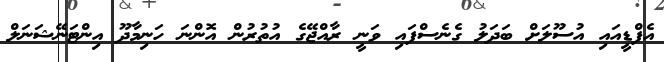
އެފްޑީއައި އުސޫލަށް ބަދަލު ގެނެސްފައި ވަނީ ރާއްޖޭގެ އުތުރުން އޮންނަ ހަނިމާދޫ އިންޓަނޭޝަނަލް